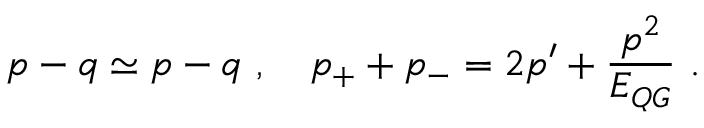
p - q \simeq p - q ~ , ~ ~ ~ p _ { + } + p _ { - } = 2 p ^ { \prime } + { \frac { p ^ { 2 } } { E _ { Q G } } } ~ .